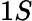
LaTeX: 1\textit{S}